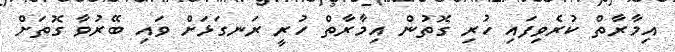
އިމާރާތް ކުރެވިފައި ހުރި ގޮތުން އިމާރާތް ހުރީ ރަނގަޅަށް ވައި ބޭރުވާ ގޮތަށް